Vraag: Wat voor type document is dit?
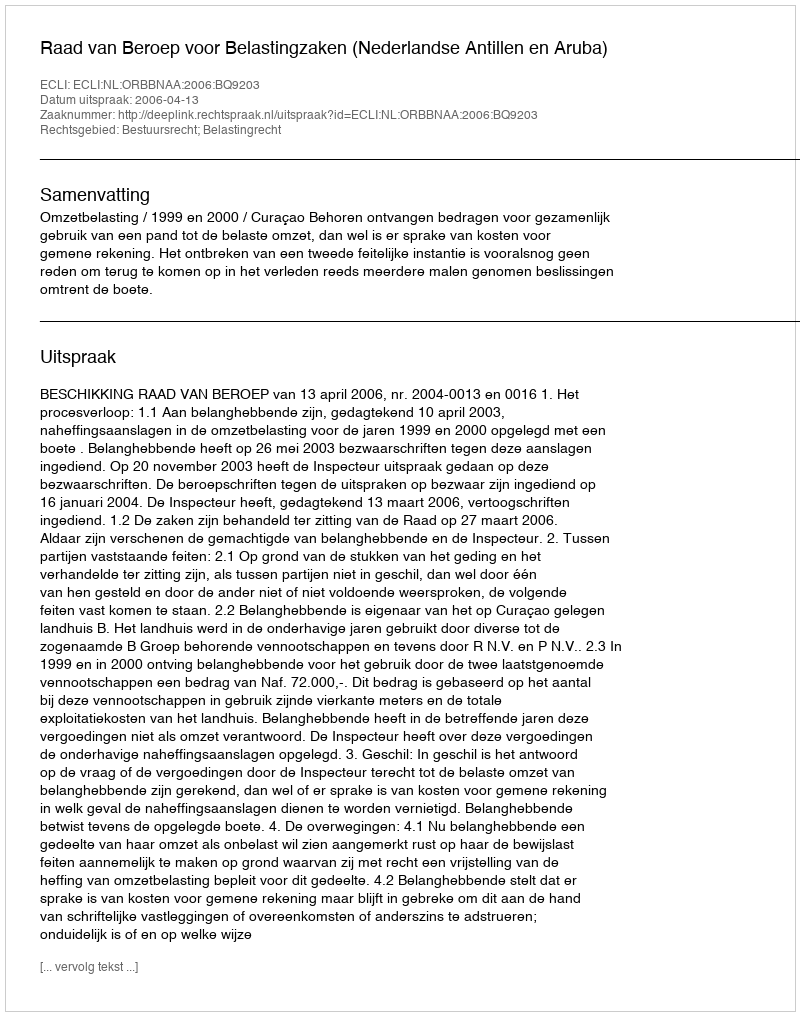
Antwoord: Uitspraak